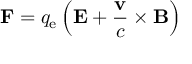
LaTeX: \mathbf { F } = q _ { \mathrm { e } } \left( \mathbf { E } + { \frac { \mathbf { v } } { c } } \times \mathbf { B } \right)